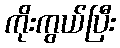
ကိုးကွယ်ပြီး